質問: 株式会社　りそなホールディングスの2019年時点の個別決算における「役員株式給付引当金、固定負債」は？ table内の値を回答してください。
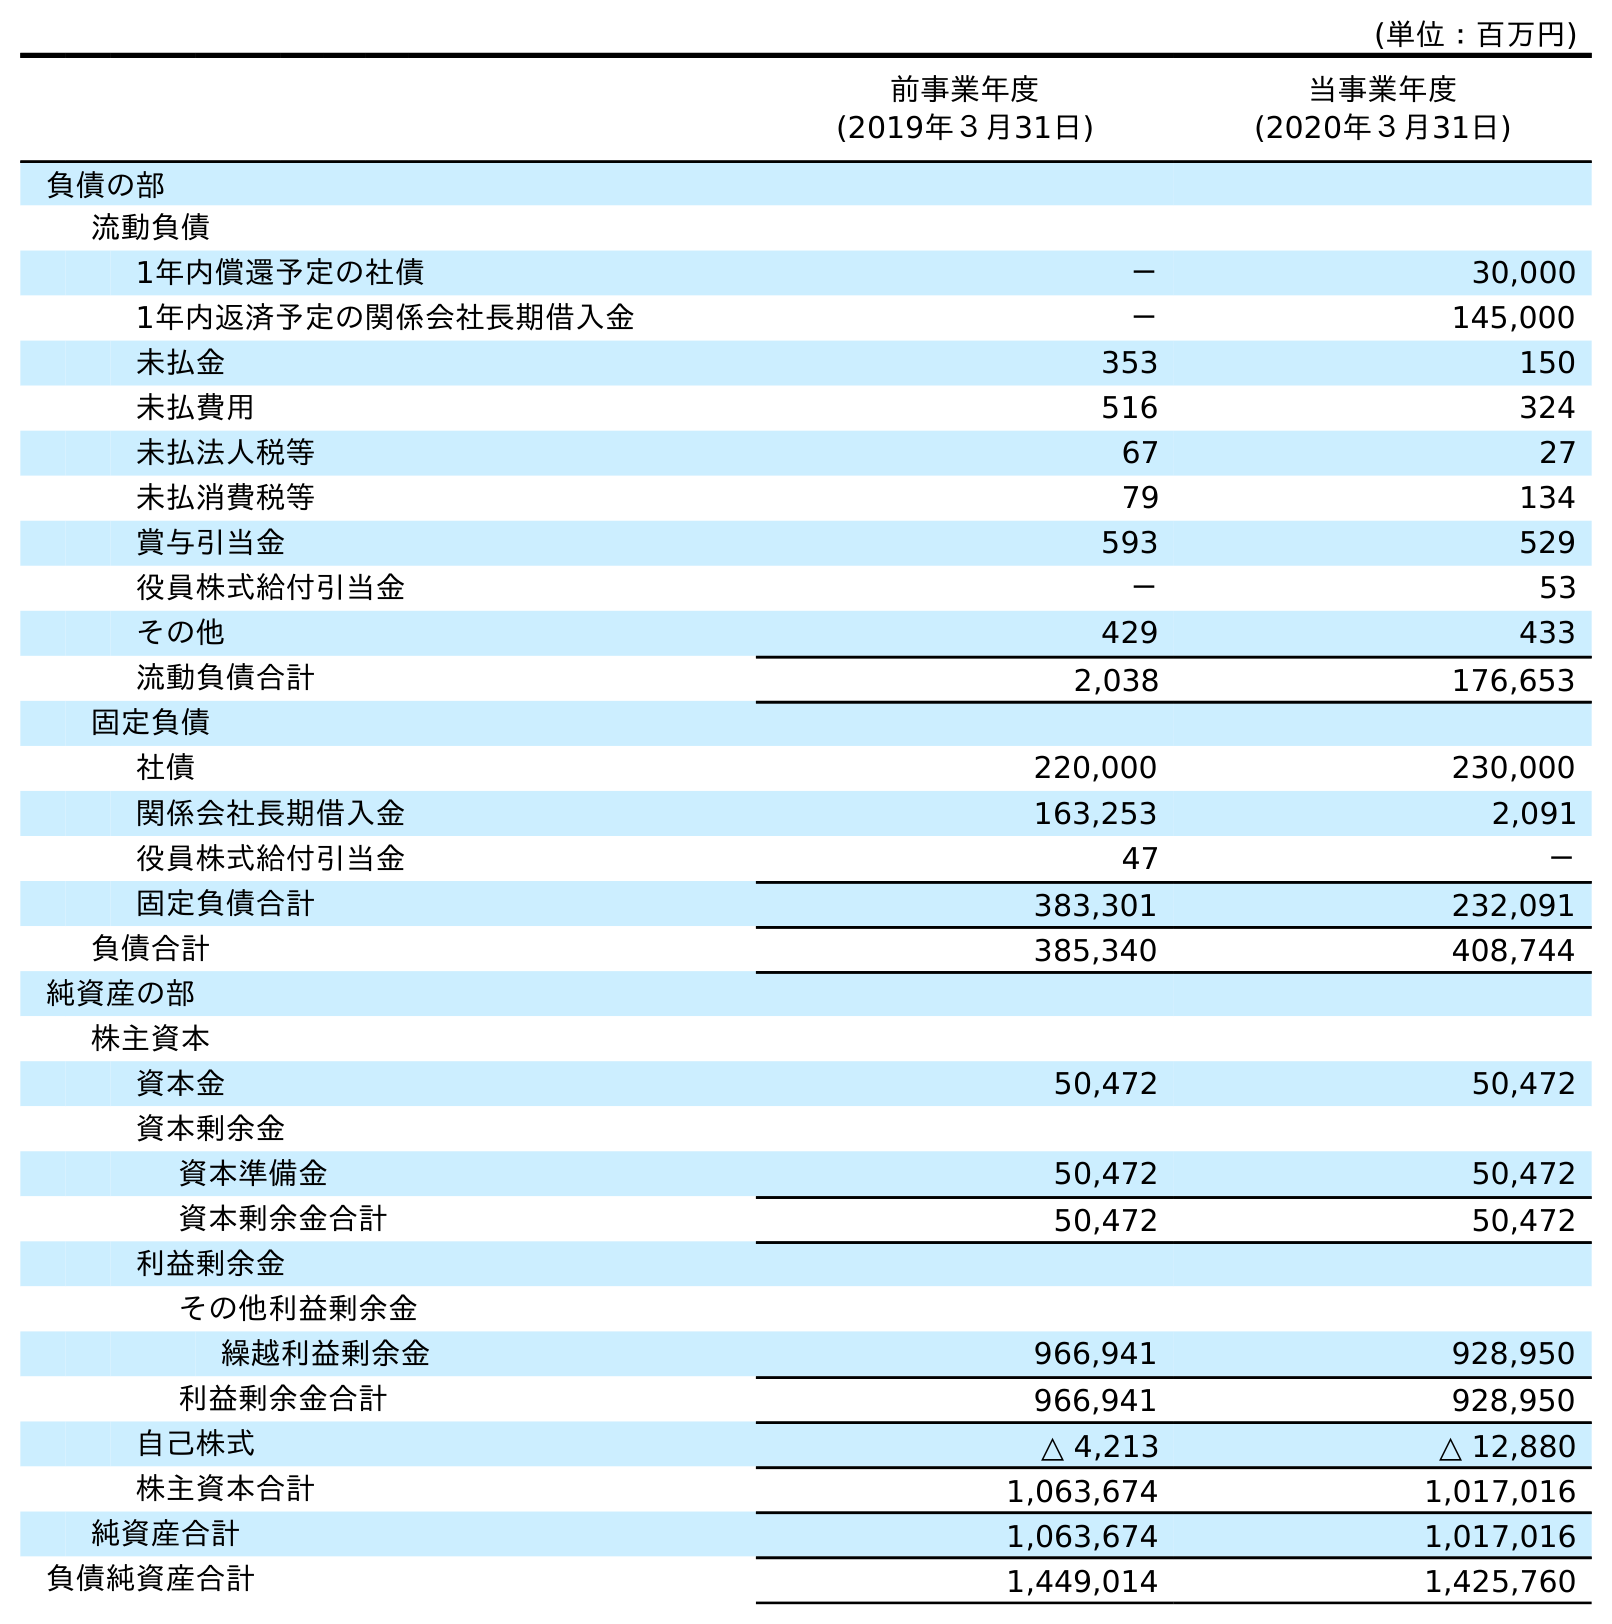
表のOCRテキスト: (単位：百万円) 前事業年度 (2019年３月31日) 当事業年度 (2020年３月31日) 負債の部 流動負債 1年内償還予定の社債 － 30,000 1年内返済予定の関係会社長期借入金 － 145,000 未払金 353 150 未払費用 516 324 未払法人税等 67 27 未払消費税等 79 134 賞与引当金 593 529 役員株式給付引当金 － 53 その他 429 433 流動負債合計 2,038 176,653 固定負債 社債 220,000 230,000 関係会社長期借入金 163,253 2,091 役員株式給付引当金 47 － 固定負債合計 383,301 232,091 負債合計 385,340 408,744 純資産の部 株主資本 資本金 50,472 50,472 資本剰余金 資本準備金 50,472 50,472 資本剰余金合計 50,472 50,472 利益剰余金 その他利益剰余金 繰越利益剰余金 966,941 928,950 利益剰余金合計 966,941 928,950 自己株式 △ 4,213 △ 12,880 株主資本合計 1,063,674 1,017,016 純資産合計 1,063,674 1,017,016 負債純資産合計 1,449,014 1,425,760
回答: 47